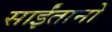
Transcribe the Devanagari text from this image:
साईंतानो